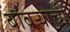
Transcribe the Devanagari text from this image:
बावऱ्याची